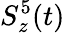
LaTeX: S_{z}^{5}(t)